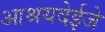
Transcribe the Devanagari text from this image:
आश्रयदेईजे